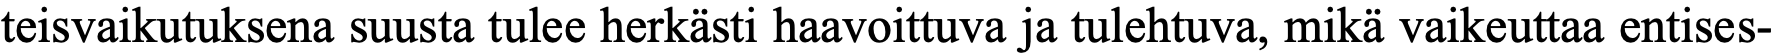
teisvaikutuksena suusta tulee herkästi haavoittuva ja tulehtuva, mikä vaikeuttaa entises-